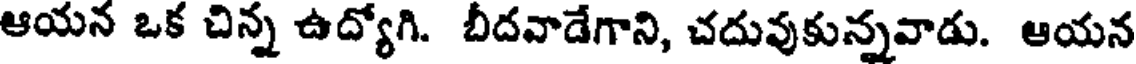
ఆయన ఒక చిన్న ఉద్యోగి. బీదవాడేగాని, చదువుకున్నవాడు. ఆయన